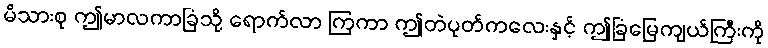
မိသားစု ဤမာလကာခြံသို့ ရောက်လာ ကြကာ ဤတဲပုတ်ကလေးနှင့် ဤခြံမြေကျယ်ကြီးကို